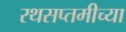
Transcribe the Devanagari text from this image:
रथसप्तमीच्या